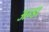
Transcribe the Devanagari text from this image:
अन्डा